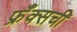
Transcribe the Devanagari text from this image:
फ्रँक्सची